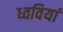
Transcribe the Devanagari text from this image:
ध्ववियां